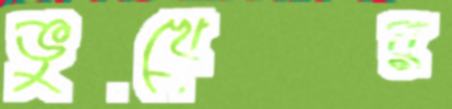
ভুখের